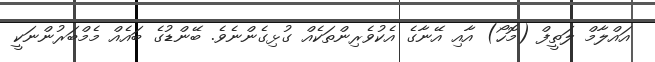
އައްލާމް ލަތީފް (މޮހޯ) އާއި އޭނާގެ އެކުވެރިންތަކެއް ގުޅިގެންނެވެ. ބޭންޑުގެ ބައެއް މެމްބަރުންނަކީ